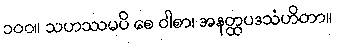
၁၀၀။ သဟဿမပိ စေ ဝါစာ၊ အနတ္ထပဒသံဟိတာ။